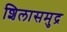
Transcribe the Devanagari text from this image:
शिलासमुद्र